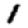
Digit: 1